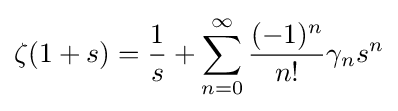
\zeta (1+s)={\frac {1}{s}}+\sum _{n=0}^{\infty }{\frac {(-1)^{n}}{n!}}\gamma _{n}s^{n}